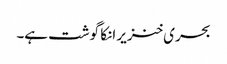
بحری خنزیر انکا گوشت ہے۔